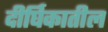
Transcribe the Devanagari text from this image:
दीर्घिकातील